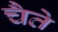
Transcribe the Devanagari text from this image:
चैते